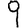
Digit: 9